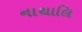
નાથાલિ